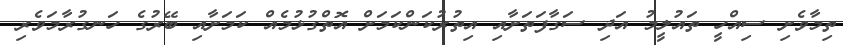
ތިމާވެށި ސިއްހީ ތައުލީމު އަދި ސަގާފަތަށާއި އިތުރުކަންކަމަށް އޮތްގުޅުމެއް ކަމަށާއި ބޭރުގެ ހަނގުރާމަވެރި